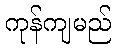
ကုန်ကျမည်